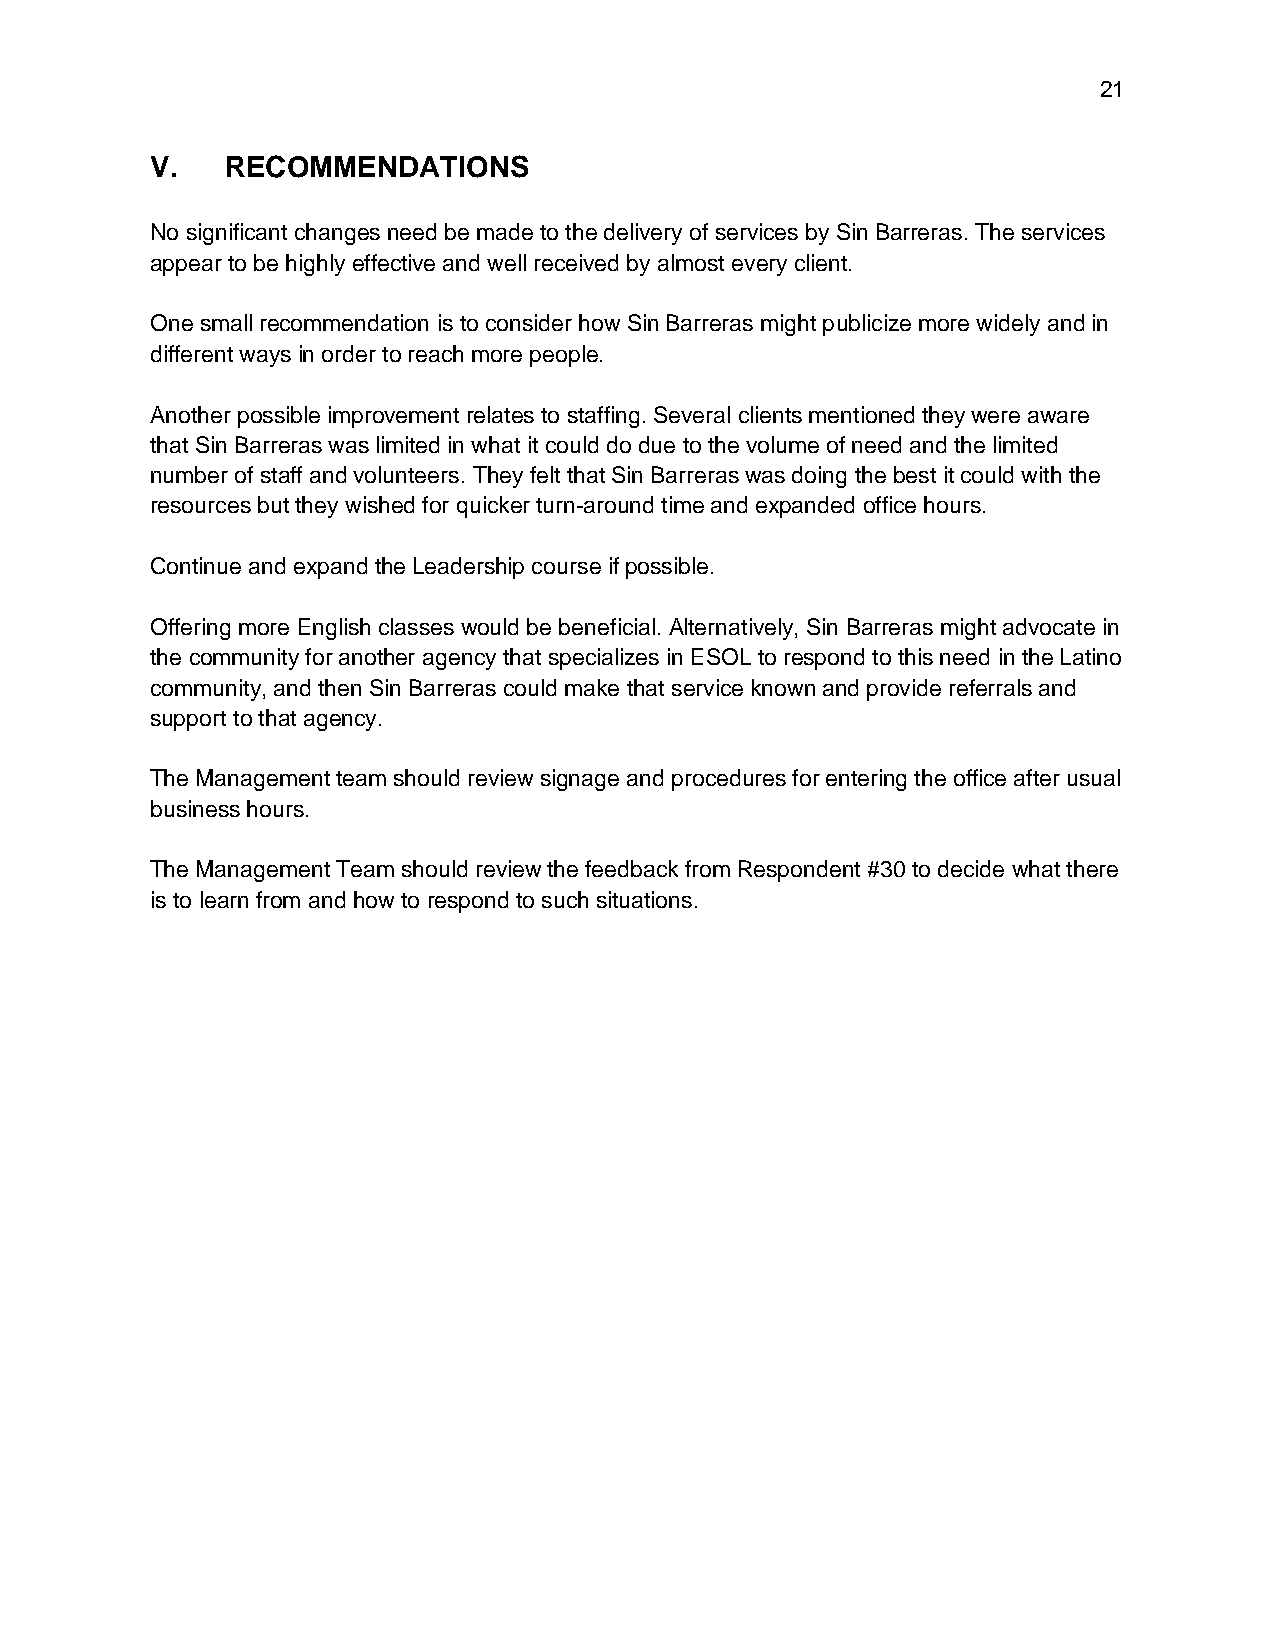
21
 V.   RECOMMENDATIONS
 No significant changes need be made to the delivery of services by Sin Barreras. The services
 appear to be highly effective and well received by almost every client.
 One small recommendation is to consider how Sin Barreras might publicize more widely and in
 different ways in order to reach more people.
 Another possible improvement relates to staffing. Several clients mentioned they were aware
 that Sin Barreras was limited in what it could do due to the volume of need and the limited
 number of staff and volunteers. They felt that Sin Barreras was doing the best it could with the
 resources but they wished for quicker turn-around time and expanded office hours.
 Continue and expand the Leadership course if possible.
 Offering more English classes would be beneficial. Alternatively, Sin Barreras might advocate in
 the community for another agency that specializes in ESOL to respond to this need in the Latino
 community, and then Sin Barreras could make that service known and provide referrals and
 support to that agency.
 The Management team should review signage and procedures for entering the office after usual
 business hours.
 The Management Team should review the feedback from Respondent #30 to decide what there
 is to learn from and how to respond to such situations.